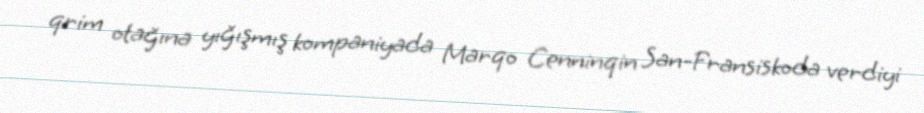
qrim otağına yığışmış kompaniyada Marqo Cenninqin San-Fransiskoda verdiyi